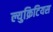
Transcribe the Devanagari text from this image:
ल्युक्रिटियस